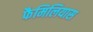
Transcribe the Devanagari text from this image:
फैमिलियास